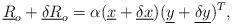
LaTeX: \begin{align*}\underline{R}_{o} + \underline{\delta R}_{o} = \alpha(\underline{x} + \underline{\delta x})(\underline{y} + \underline{\delta y})^{T}, \end{align*}